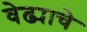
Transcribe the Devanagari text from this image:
वेढ्याचे